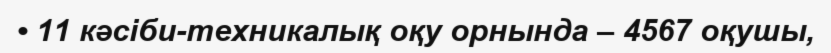
• 11 кәсіби-техникалық оқу орнында – 4567 оқушы,